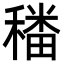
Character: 𮃪